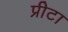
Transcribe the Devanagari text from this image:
प्रीटा